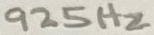
Text: 925Hz